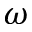
\omega